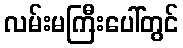
လမ်းမကြီးပေါ်တွင်